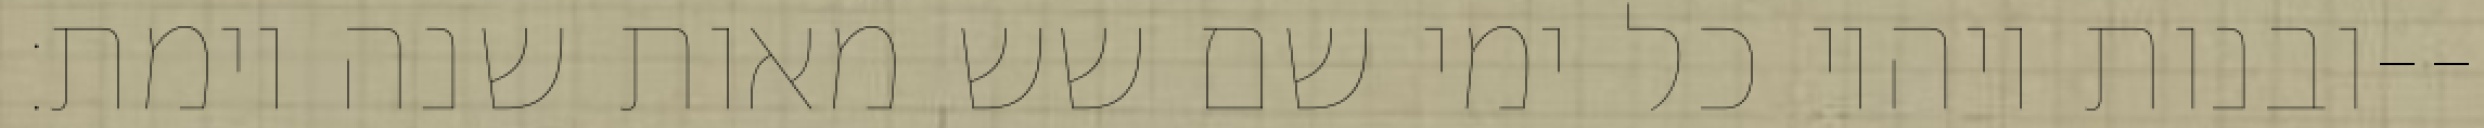
ובנות ויהיו כל ימי שם שש מאות שנה וימת׃--